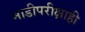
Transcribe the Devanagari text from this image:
नाडीपरीक्षाही